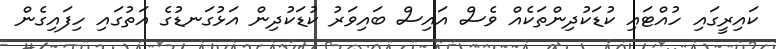
ކައިރީގައި ހުއްޓައި ކުޑަކުދިންތަކެއް ވެސް އައިސް ބައިވަރު ކުޑަކުދިން އަޅުގަނޑުގެ އަތުގައި ހިފައިގެން